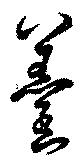
羹